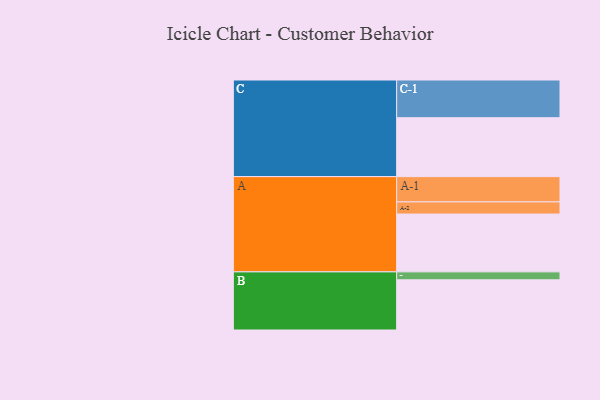
{"axis": {"x": "Segment", "y": "Value"}, "legend": ["", "A", "B", "C"], "data": [{"x": "A", "y": 371, "type": ""}, {"x": "B", "y": 322, "type": ""}, {"x": "C", "y": 378, "type": ""}, {"x": "A-1", "y": 162, "type": "A"}, {"x": "A-2", "y": 78, "type": "A"}, {"x": "B-1", "y": 51, "type": "B"}, {"x": "C-1", "y": 242, "type": "C"}]}